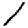
Digit: 1